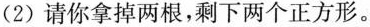
（2）请你拿掉两根，剩下两个正方形。